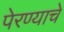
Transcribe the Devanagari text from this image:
पेरण्याचे